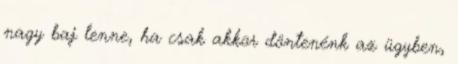
nagy baj lenne, ha csak akkor döntenénk az ügyben,